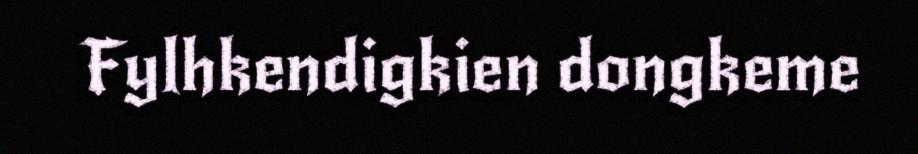
Fylhkendigkien dongkeme